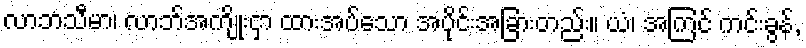
လာဘသီမာ၊ လာဘ်အကျိုးငှာ ထားအပ်သော အပိုင်းအခြားတည်း။ ယံ၊ အကြင် ကင်းခွန်,